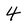
Character: 4